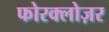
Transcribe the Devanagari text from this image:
फोरक्लोज़र